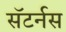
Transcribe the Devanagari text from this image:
सॅटर्नस